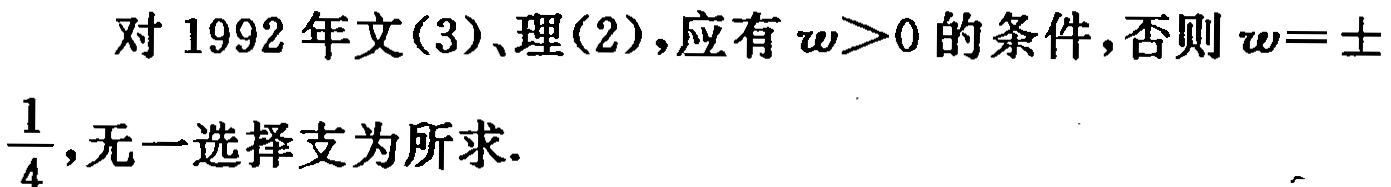
对 1992 年文(3)、理(2),应有 $\omega>0$ 的条件,否则 $\omega = \pm\frac{1}{4}$,无一选择支为所求.